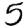
Digit: 5